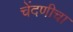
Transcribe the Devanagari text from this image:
चेंदणीचा